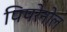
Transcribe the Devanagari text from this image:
पिपरेनोल